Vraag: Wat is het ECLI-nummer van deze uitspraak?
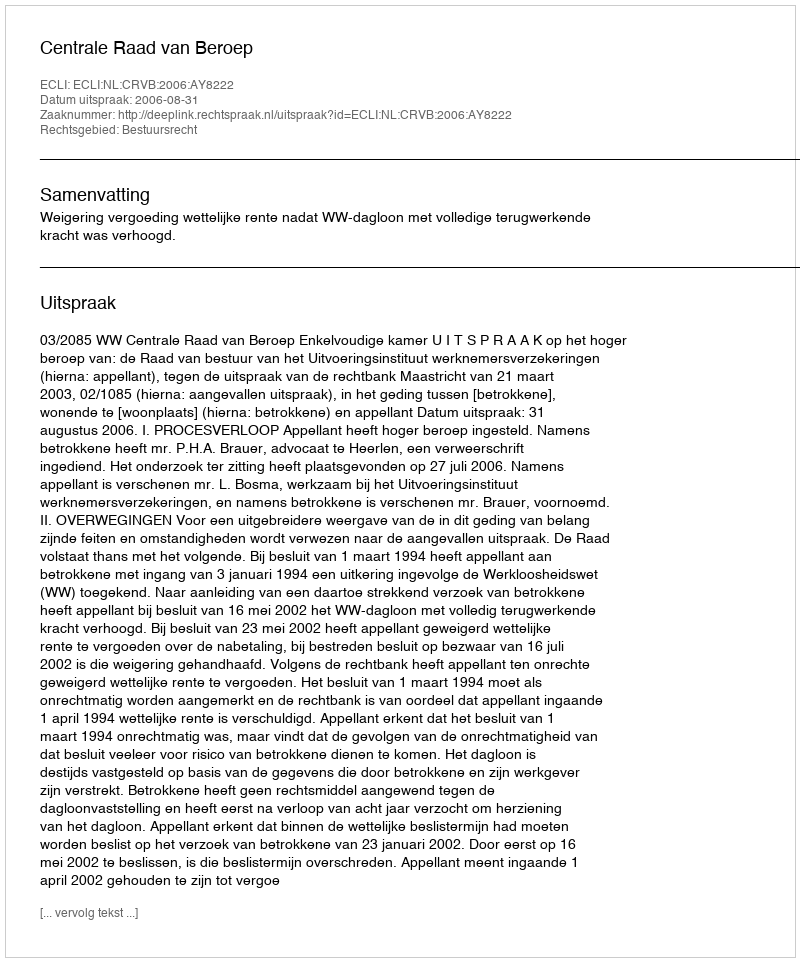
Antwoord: ECLI:NL:CRVB:2006:AY8222